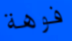
فوهة